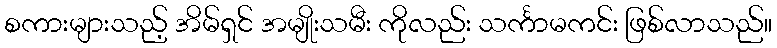
စကားများသည့် အိမ်ရှင် အမျိုးသမီး ကိုလည်း သင်္ကာမကင်း ဖြစ်လာသည်။